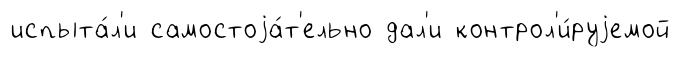
испыта́л'и самостоjа́т'ельно дал'и контрол'и́руjемой